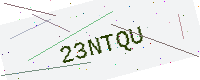
Text: 23NTQU